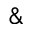
\&